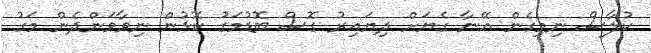
ކުލާސް ނިމިގެން އޭނާ ގެޔަށް ދިޔައިރު ގޮސް ބޮޑުމަގު ކޮޅުން ނިވާވަންދެން މަގު